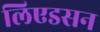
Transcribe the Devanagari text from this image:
लिएडसन